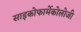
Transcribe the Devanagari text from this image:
साइकोफार्मेकोलोजी